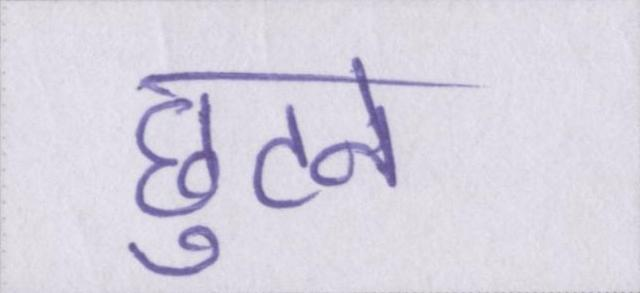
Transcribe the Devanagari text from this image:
छुटने